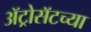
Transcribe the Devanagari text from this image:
ॲट्रोसॅटच्या